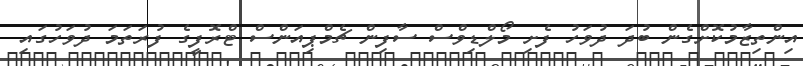
އިންތިޒާމުކޮށްގެން ބުދަ ދުވަހު ފެށި މޯލްޑިވްސް ސާފިން ޗެމްޕިއަންސް ޓްރޮފީގެ ފުރަތަމަ ދުވަހުގައި